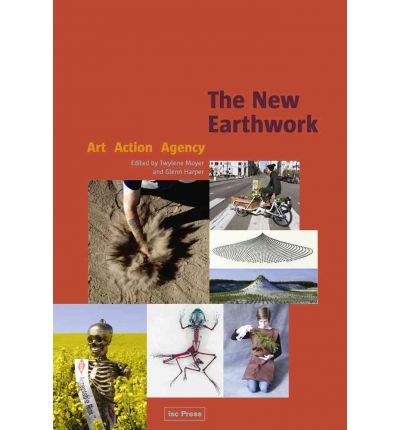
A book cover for The New Earthwork: Art, Action, Agency (Perspectives on Contemporary Sculpture) (Paperback) - Common; Edited by Glenn Harper Edited by Twylene Moyer; Arts & Photography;